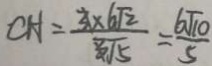
C H = \frac { 3 \times 6 \sqrt { 2 } } { 3 \sqrt { 5 } } = \frac { 6 \sqrt { 1 0 } } { 5 }